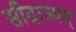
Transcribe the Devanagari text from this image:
सीदाज्यम्